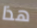
هذا